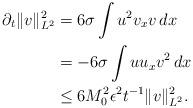
LaTeX: \begin{align*}\partial_t\|v\|_{L^2}^2&=6\sigma\int u^2v_xv\,dx\\&=-6\sigma\int uu_xv^2\,dx\\&\leq 6M_0^2\epsilon^2{t^{-1}}\|v\|_{L^2}^2.\end{align*}